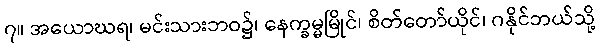
၇။ အယောဃရ၊ မင်းသားဘဝ၌၊ နေက္ခမ္မမြိုင်၊ စိတ်တော်ယိုင်၊ ဂနိုင်ဘယ်သို့